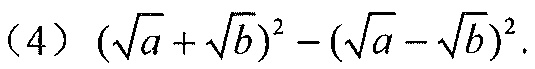
\((4)\ (\sqrt{a}+\sqrt{b})^{2}-(\sqrt{a}-\sqrt{b})^{2}\)